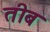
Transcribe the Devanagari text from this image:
तीब